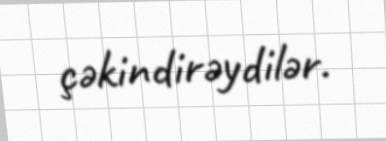
çəkindirəydilər.